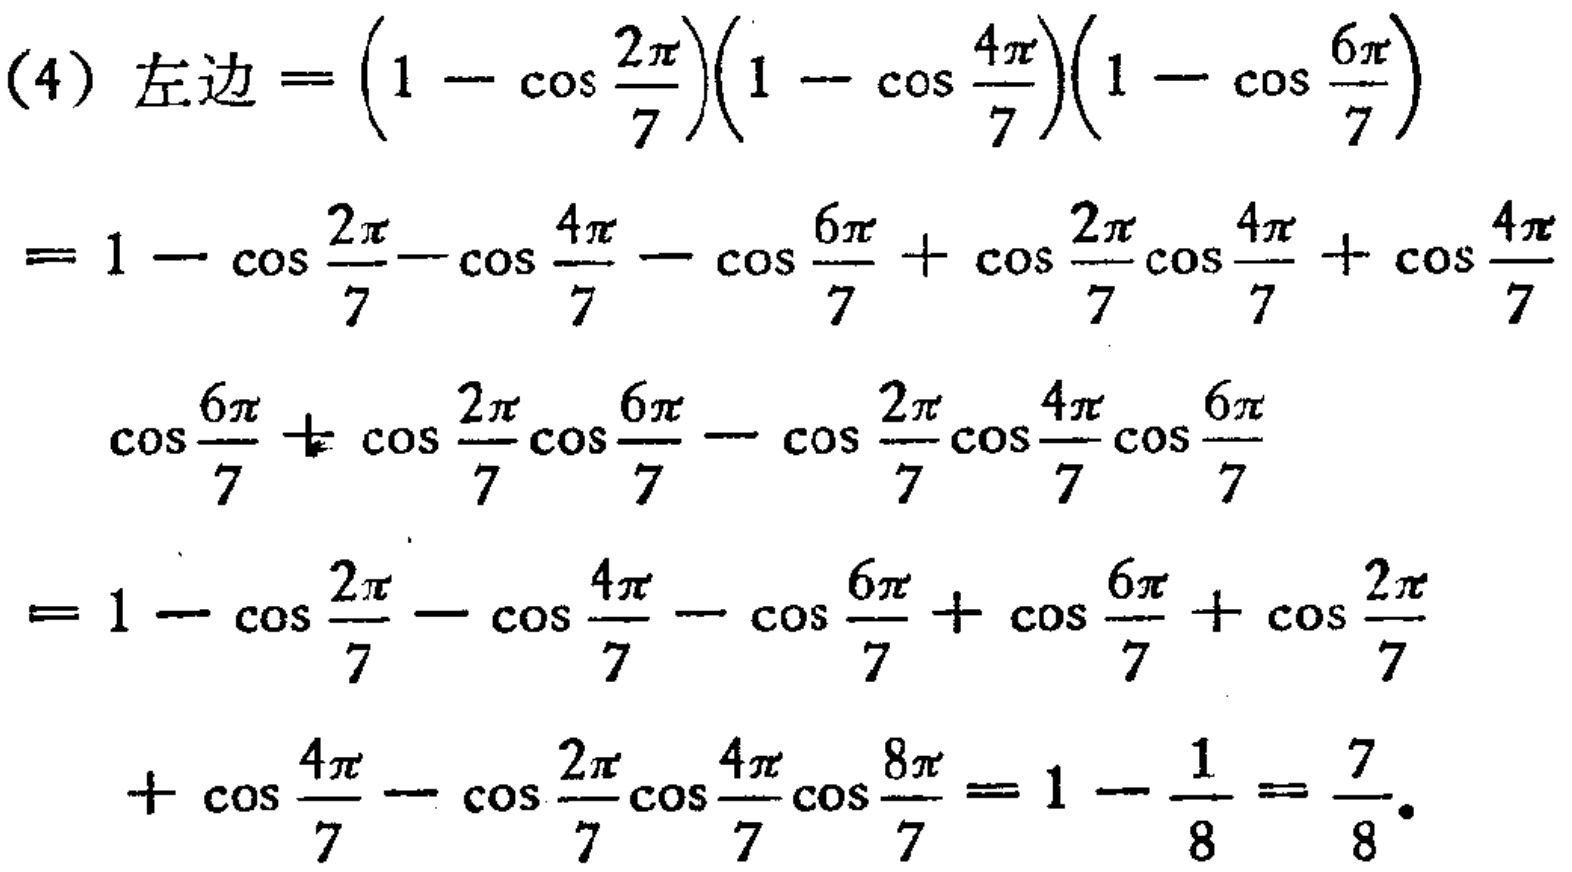
\begin{align*}

&(4)\text{ 左边}=\left(1 - \cos\frac{2\pi}{7}\right)\left(1 - \cos\frac{4\pi}{7}\right)\left(1 - \cos\frac{6\pi}{7}\right)\\

&=1 - \cos\frac{2\pi}{7}-\cos\frac{4\pi}{7} - \cos\frac{6\pi}{7} + \cos\frac{2\pi}{7}\cos\frac{4\pi}{7} + \cos\frac{4\pi}{7}\\

&\quad\cos\frac{6\pi}{7}+ \cos\frac{2\pi}{7}\cos\frac{6\pi}{7} - \cos\frac{2\pi}{7}\cos\frac{4\pi}{7}\cos\frac{6\pi}{7}\\

&=1 - \cos\frac{2\pi}{7} - \cos\frac{4\pi}{7} - \cos\frac{6\pi}{7} + \cos\frac{6\pi}{7} + \cos\frac{2\pi}{7}\\

&\quad+\cos\frac{4\pi}{7} - \cos\frac{2\pi}{7}\cos\frac{4\pi}{7}\cos\frac{8\pi}{7}=1 - \frac{1}{8} = \frac{7}{8}.

\end{align*}